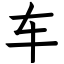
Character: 车